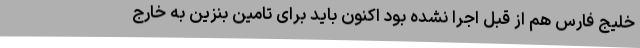
خلیج فارس هم از قبل اجرا نشده بود اکنون باید برای تامین بنزین به خارج